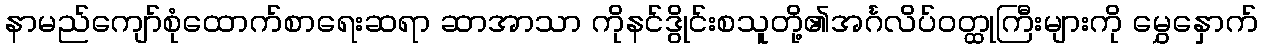
နာမည်ကျော်စုံထောက်စာရေးဆရာ ဆာအာသာ ကိုနင်ဒွိုင်းစသူတို့၏အင်္ဂလိပ်ဝတ္ထုကြီးများကို မွှေနှောက်